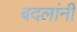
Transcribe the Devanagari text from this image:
बदलांनी